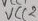
Text: VCC2